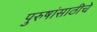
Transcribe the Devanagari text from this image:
पुरुषांसाठीचे